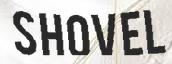
SHOVEL